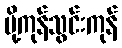
ပို့ကုန်သွင်းကုန်